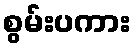
စွမ်းပကား